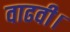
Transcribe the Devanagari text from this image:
वाढवी।